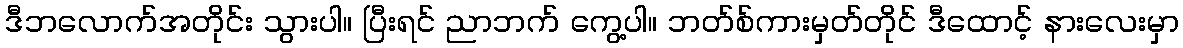
ဒီဘလောက်အတိုင်း သွားပါ။ ပြီးရင် ညာဘက် ကွေ့ပါ။ ဘတ်စ်ကားမှတ်တိုင် ဒီထောင့် နားလေးမှာ